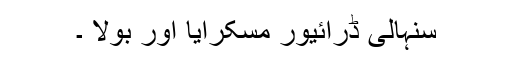
سنہالی ڈرائیور مسکرایا اور بولا ۔